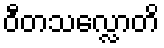
ဝီတသလ္လောတိ